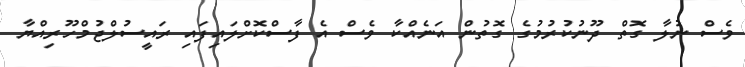
ވެސް ނުލާ ގޮތް ދޫނުކުރުމުގެ ގޮތުން އަނެއްކާ ވެސް އެ ފާސްކޮށްލައިފައި ރައީސުލްޖުމްހޫރިއްޔާ